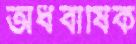
অর্ধবাষিক